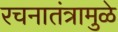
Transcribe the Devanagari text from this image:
रचनातंत्रामुळे